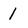
Character: 1